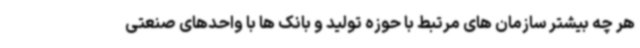
هر چه بیشتر سازمان های مرتبط با حوزه تولید و بانک ها با واحدهای صنعتی